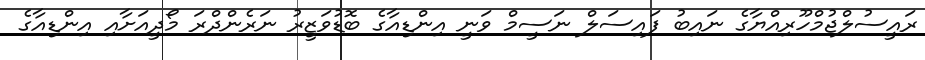
ރައީސުލްޖުމްހޫރިއްޔާގެ ނައިބު ފައިސަލް ނަސީމް ވަނީ އިންޑިއާގެ ބޮޑުވަޒީރު ނަރެންދްރަ މޯދީއަށާއި އިންޑިއާގެ